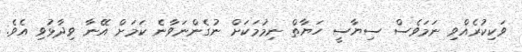
ވަކިކުރެއްވި ނަމަވެސް ސިޔާސީ ހަޔާތް ނިމުމަކަށް ނުގެންނަވާނެ ކަމަށް އޭނާ ވިދާޅުވި އެވެ.